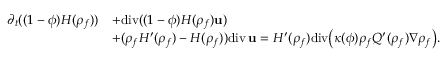
\begin{array} { r l } { \partial _ { t } ( ( 1 - \phi ) { H } ( { \rho } _ { f } ) ) } & { + \mathrm { d i v } ( ( 1 - \phi ) { H } ( { \rho } _ { f } ) { \bf u } ) } \\ & { + ( { \rho } _ { f } { H } ^ { \prime } ( { \rho } _ { f } ) - { H } ( { \rho } _ { f } ) ) \mathrm { d i v } \, { \bf u } = { H } ^ { \prime } ( { \rho } _ { f } ) \mathrm { d i v } \big ( \kappa ( \phi ) { \rho } _ { f } { Q } ^ { \prime } ( { \rho } _ { f } ) \nabla { \rho } _ { f } \big ) . } \end{array}